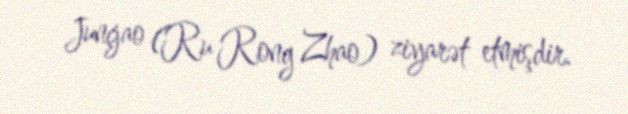
Junçjao (Ru Rong Zhao) ziyarət etmişdir.